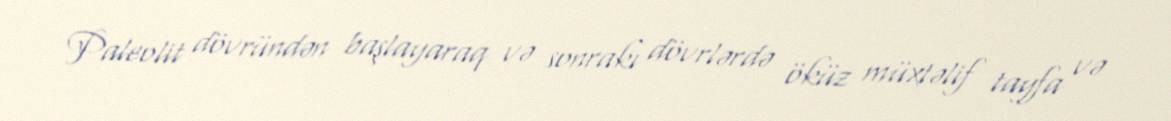
Paleolit dövründən başlayaraq və sonrakı dövrlərdə öküz müxtəlif tayfa və